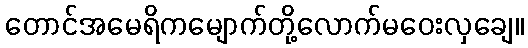
တောင်အမေရိကမျောက်တို့လောက်မဝေးလှချေ။